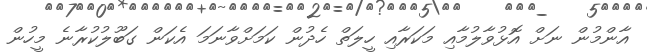
އާންމުން ނަށް އޮޅުވާލުމާއި މަކަރާއި ހީލަތް ހެދުން ކަމަށްވާނަމަ އެކަން ގަބޫލުކުރާނެ މީހުން